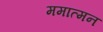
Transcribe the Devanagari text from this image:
ममात्मन